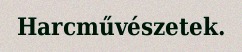
Harcművészetek.